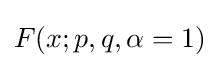
F(x;p,q,\alpha =1)